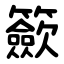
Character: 籨